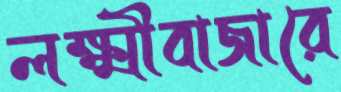
লক্ষ্মীবাজারে